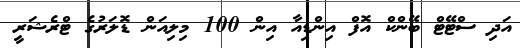
އަދި ސްޓޭޓް ބޭންކް އޮފް އިންޑިއާ އިން 100 މިލިއަން ޑޮލަރުގެ ޓްރެޝަރީ